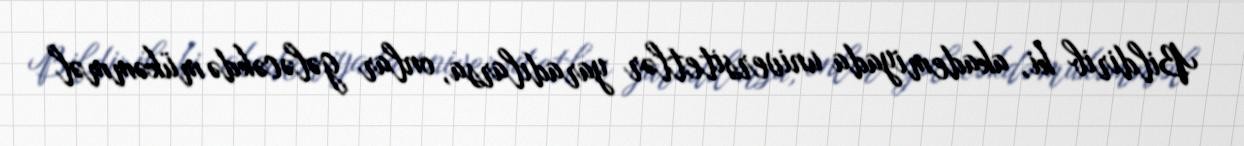
Bildirib ki, akademiyada universitetlər yaradılarsa, onlar gələcəkdə mükəmməl